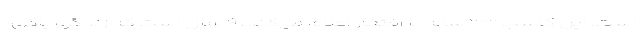
است. این کاسب ۳۳ ساله با افتخار اعلام می‌کند، ۹ سال است که زندگی پاکی